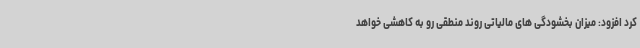
کرد افزود: میزان بخشودگی های مالیاتی روند منطقی رو به کاهشی خواهد